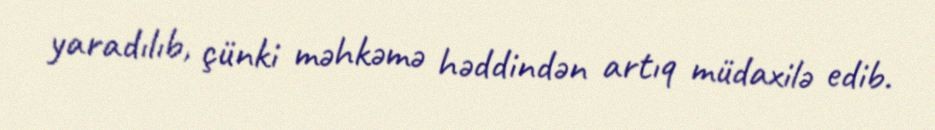
yaradılıb, çünki məhkəmə həddindən artıq müdaxilə edib.